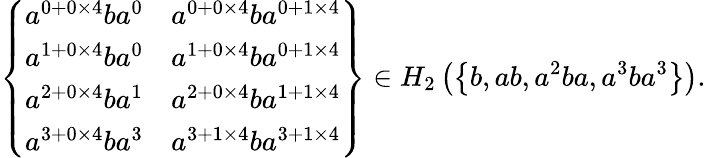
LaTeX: \left\{ \begin{array}{cc}{a^{0+0\times 4}ba^{0}}&{a^{0+0\times 4}ba^{0+1\times 4}}\\ {a^{1+0\times 4}ba^{0}}&{a^{1+0\times 4}ba^{0+1\times 4}}\\ {a^{2+0\times 4}ba^{1}}&{a^{2+0\times 4}ba^{1+1\times 4}}\\ {a^{3+0\times 4}ba^{3}}&{a^{3+1\times 4}ba^{3+1\times 4}}\end{array}\right\} \in H_{2}\left(\left\{ b,ab,a^{2}ba,a^{3}ba^{3}\right\} \right).